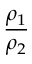
\frac { \rho _ { 1 } } { \rho _ { 2 } }